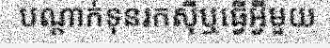
បណ្តាក់ទុនរកស៊ីឬធ្វើអ្វីមួយ